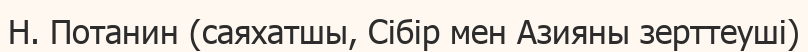
Н. Потанин (саяхатшы, Сібір мен Азияны зерттеуші)